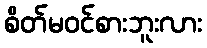
စိတ်မဝင်စားဘူးလား